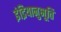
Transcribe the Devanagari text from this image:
इंद्रियानुभूति